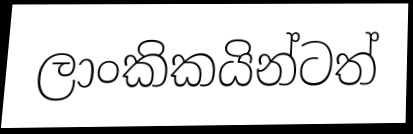
ලාංකිකයින්ටත්